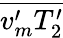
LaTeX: \overline{{v_{m}^{\prime}T_{2}^{\prime}}}